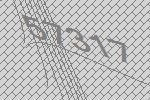
57317